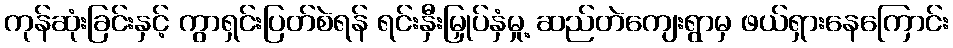
ကုန်ဆုံးခြင်းနှင့် ကွာရှင်းပြတ်စဲရန် ရင်းနှီးမြှုပ်နှံမှု့ ဆည်တဲကျေးရွာမှ ဖယ်ရှားနေကြောင်း